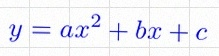
y=ax^2+bx+c